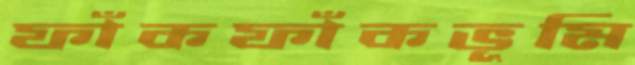
ফাঁকফাঁকভূমি